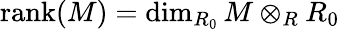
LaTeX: {\mathrm{rank}}(M)=\dim_{R_{0}}M\otimes_{R}R_{0}